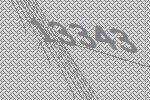
13343